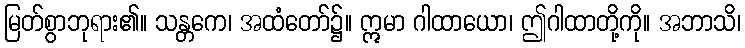
မြတ်စွာဘုရား၏။ သန္တကေ၊ အထံတော်၌။ ဣမာ ဂါထာယော၊ ဤဂါထာတို့ကို။ အဘာသိ၊